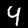
Digit: 4